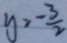
y = - \frac { 3 } { 2 }